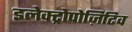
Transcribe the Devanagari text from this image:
इलेक्ट्रोपोज़िटिव